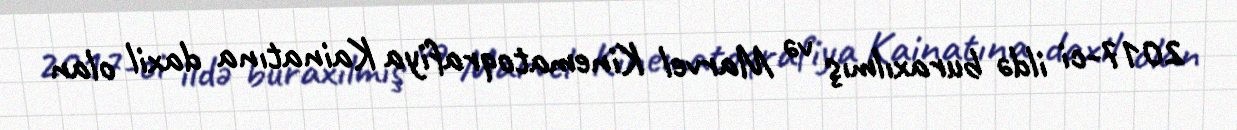
2017-ci ildə buraxılmış və Marvel Kinematoqrafiya Kainatına daxil olan